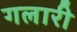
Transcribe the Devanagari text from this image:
गलारी